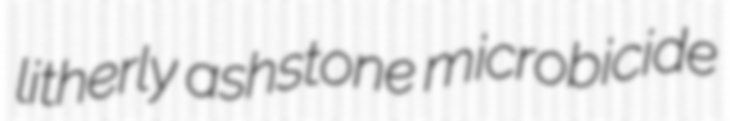
litherly ashstone microbicide